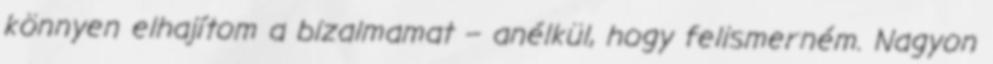
könnyen elhajítom a bizalmamat – anélkül, hogy felismerném. Nagyon